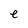
Character: e